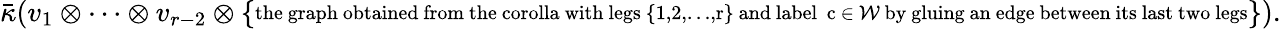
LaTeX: \bar{\kappa}(v_{1}\otimes\cdots\otimes v_{r-2}\otimes\{ \substack{\mathrm{the~graph~obtained~from~the~corolla~with~legs~\{ 1,2,\ldots,r\} ~and~label}\, \mathrm{~c~\in~\mathcal{W}~by~gluing~an~edge~between~its~last~two~legs}}\} ).